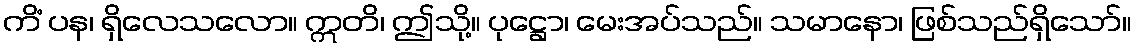
ကိံ ပန၊ ရှိလေသလော။ ဣတိ၊ ဤသို့။ ပုဋ္ဌော၊ မေးအပ်သည်။ သမာနော၊ ဖြစ်သည်ရှိသော်။